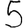
Digit: 5